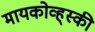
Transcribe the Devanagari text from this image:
मायकोव्ह्‌स्की